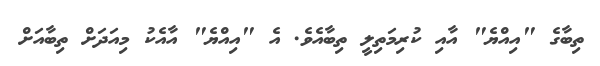
ތިބާގެ "އިއްޔެ" އާއި ކުރިމަތިލީ ތިބާއެވެ. އެ "އިއްޔެ" އާއެކު މިއަދަށް ތިބާއަށް